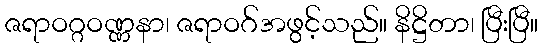
ဇရာဝဂ္ဂဝဏ္ဏနာ၊ ဇရာဝဂ်အဖွင့်သည်။ နိဋ္ဌိတာ၊ ပြီးပြီ။